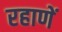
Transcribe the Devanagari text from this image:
रहाणें